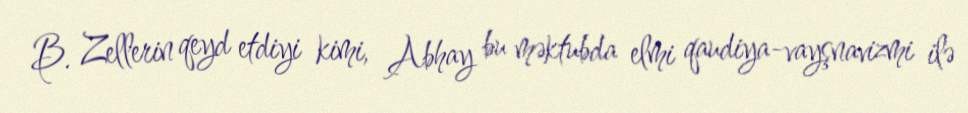
B. Zellerin qeyd etdiyi kimi, Abhay bu məktubda elmi qaudiya-vayşnavizmi ilə